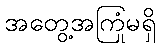
အတွေ့အကြုံမရှိ